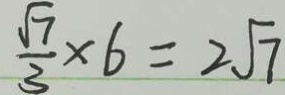
\frac { \sqrt { 7 } } { 3 } \times 6 = 2 \sqrt { 7 }